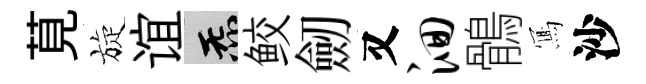
莧旋谊炁鲛劒又洄鶻𭂁沙